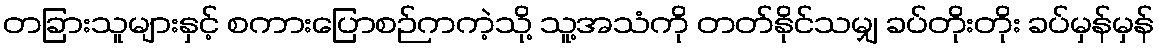
တခြားသူများနှင့် စကားပြောစဉ်ကကဲ့သို့ သူ့အသံကို တတ်နိုင်သမျှ ခပ်တိုးတိုး ခပ်မှန်မှန်